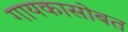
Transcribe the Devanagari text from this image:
गायकासोबत